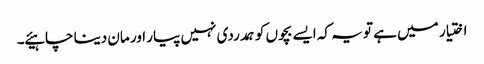
اختیار میں ہے تو یہ کہ ایسے بچوں کو ہمدردی نہیں پیار اور مان دینا چاہیئے ۔